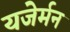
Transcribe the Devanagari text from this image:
यजेर्मन